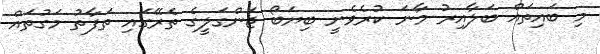
މި ބައިތައް ބަލާއިރު މާނަ ކުރެވެނީ ބިޔަބޯ ޖަންގަލީގެ ތެރޭގައި ތަފާތު މަގުތައް